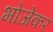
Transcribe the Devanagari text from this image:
भोजेकर